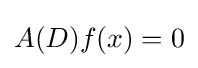
A(D)f(x)=0